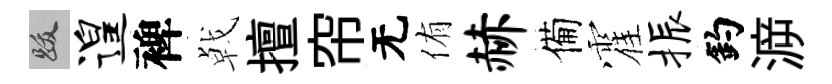
跋遑裨㦸擅帘无侑赫備霍振釣㴑